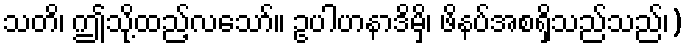
သတိ၊ ဤသို့ထည့်လသော်။ ဥပါဟနာဒိမှိ၊ ဖိနပ်အစရှိသည်သည်၊)